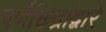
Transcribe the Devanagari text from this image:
पर्णछिद्रांद्वारे